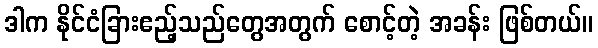
ဒါက နိုင်ငံခြားဧည့်သည်တွေအတွက် စောင့်တဲ့ အခန်း ဖြစ်တယ်။